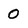
Character: O